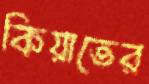
কিয়াতের